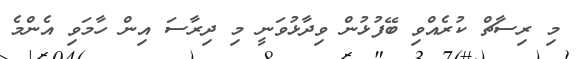
މި ރިސާޗް ކުރެއްވި ބޭފުޅުން ވިދާޅުވަނީ މި ދިރާސަ އިން ހާމަވި އެންމެ